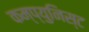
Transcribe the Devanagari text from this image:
कम्प्युनिस्ट